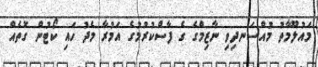
މައުލޫމާތު މުއްސަނދިވި ނާޒިމްގެ ގެ ފާސްކުރުމުގެ އަމުރާ މެދު ހައި ކޯޓުން ގޮތެއް